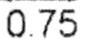
0.75